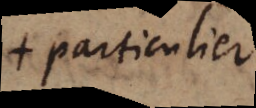
+ particulier